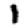
Digit: 1